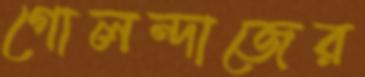
গোলন্দাজের